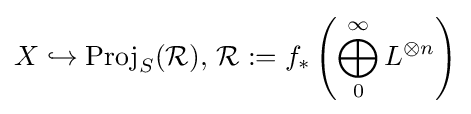
X\hookrightarrow \operatorname {Proj} _{S}({\mathcal {R}}),\,{\mathcal {R}}:=f_{*}\left(\bigoplus _{0}^{\infty }L^{\otimes n}\right)